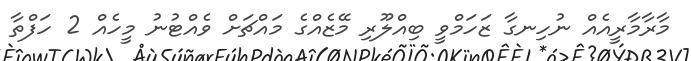
މާރާމާރީއެއް ނުހިނގާ ޒަހަމްވީ ބިއްލޫރި މޭޒެއްގެ މައްޗަށް ވެއްޓުނު މީހެއް 2 ހަފްތާ